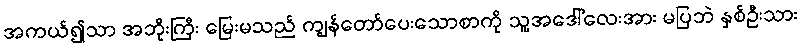
အကယ်၍သာ အဘိုးကြီး မြေးမသည် ကျွန်တော်ပေးသောစာကို သူ့အဒေါ်လေးအား မပြဘဲ နှစ်ဦးသား